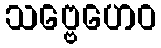
သဗ္ဗေဟေဝ